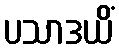
ပသာဒယိံ